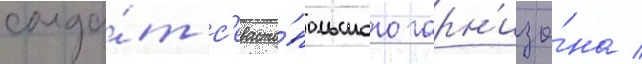
солда́т с'евасто́польского гарн'изо́на /